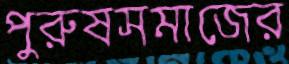
পুরুষসমাজের